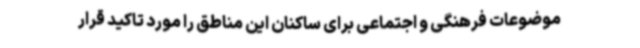
موضوعات فرهنگی و اجتماعی برای ساکنان این مناطق را مورد تاکید قرار